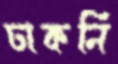
ঢাকনি